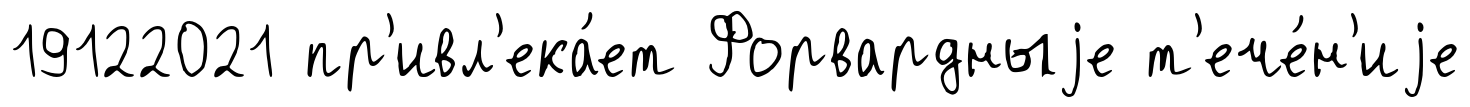
19122021 пр'ивл'ека́ет Форвардныjе т'ече́н'иjе